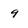
Character: 9